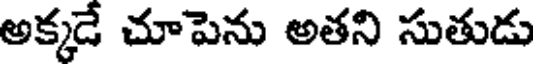
అక్కడే చూపెను అతని సుతుడు